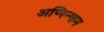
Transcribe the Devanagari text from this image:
अप्पिन्ग्हम